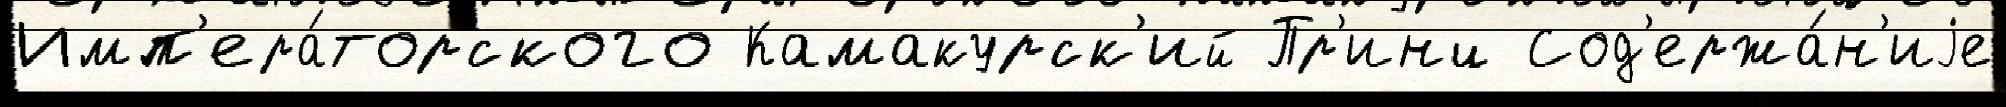
Имп'ера́торского Камакурск'ий Пр'инц Сод'ержа́н'иjе